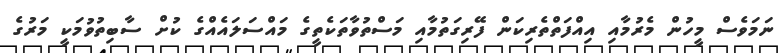
ނަމަވެސް މީހުން މެރުމާއި އިއްފަތްތެރިކަން ފޭރިގަތުމާއި މަސްތުވާތަކެތީގެ މައްސަލައެއްގެ ކުށް ސާބިތުވުމަކީ މަރުގެ